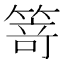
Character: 𥯽